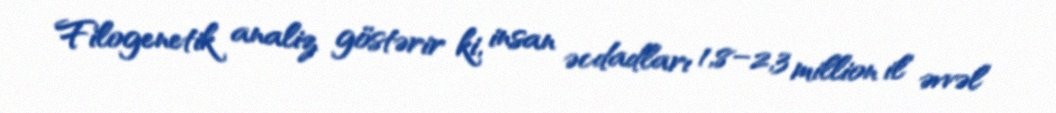
Filogenetik analiz göstərir ki, insan əcdadları 1,8–2,3 million il əvvəl